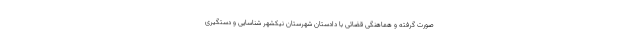
صورت گرفته و هماهنگی قضائی با دادستان شهرستان نیکشهر شناسایی و دستگیری